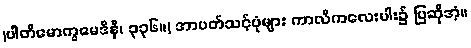
(ပါတိမောက္ခမေဒိနီ၊ ၃၃၆။) အာပတ်သင့်ပုံများ ကာလိကလေးပါး၌ ပြဆိုအံ့။